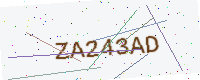
Text: ZA243AD